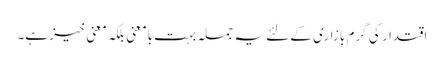
اقتدار کی گرم بازاری کے لئے یہ جملہ بہت بامعنی بلکہ معنی خیز ہے۔